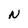
Character: N